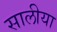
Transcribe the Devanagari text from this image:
सालीया